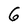
Character: 6